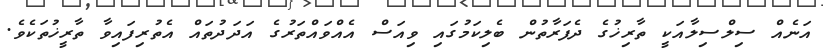
އަނެއް ސިލްސިލާއަކީ ތާރިޚުގެ ދެފަރާތުން ބެލިކަމުގައި ވިއަސް އެއްވައްތަރުގެ އަދަދުތައް އެތުރިފައިވާ ތާރީޚުތަކެވެ.